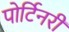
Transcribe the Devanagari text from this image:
पोर्टिनरी